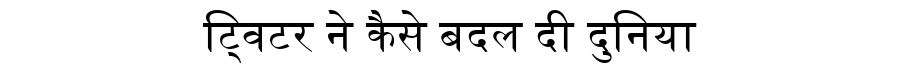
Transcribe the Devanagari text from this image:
ट्विटर ने कैसे बदल दी दुनिया